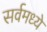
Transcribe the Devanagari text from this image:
सर्वमध्ये